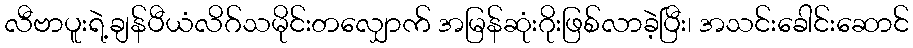
လီဗာပူးရဲ့ချန်ပီယံလိဂ်သမိုင်းတလျှောက် အမြန်ဆုံးဂိုးဖြစ်လာခဲ့ပြီး၊ အသင်းခေါင်းဆောင်